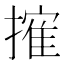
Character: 㩁